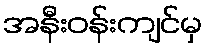
အနီးဝန်းကျင်မှ